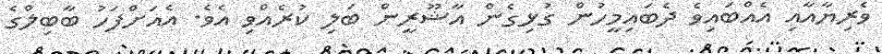
ވެރިޔާއާއި އެއްބައިވެ ދެބައިމީހުން ގުޅިގެން އާޝޫރީން ބަލި ކުރެއްވި އެވެ. އެއަށްފަހު ބާބިލްގެ